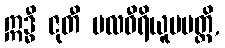
ဣဒ္ဓီ ဇုတီ ဗလဝီရိယူပပတ္တိ,